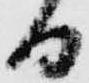
日